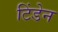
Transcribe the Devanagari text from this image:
टिंडेन